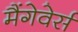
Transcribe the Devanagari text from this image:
मैंगेवेर्स